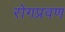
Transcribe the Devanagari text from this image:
रोगप्रवण